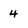
Character: 4